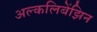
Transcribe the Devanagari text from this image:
अल्कलिबेंझिन